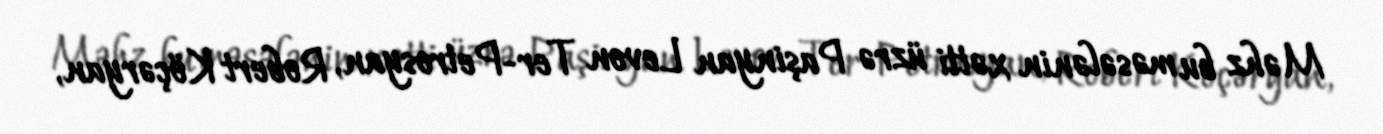
Məhz bu məsələnin xətti üzrə Paşinyan Levon Ter-Petrosyan, Robert Köçəryan,